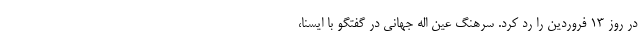
در روز ۱۳ فروردین را رد کرد. سرهنگ عین اله جهانی در گفتگو با ایسنا،